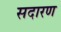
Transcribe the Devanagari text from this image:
सदारण